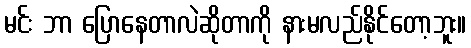
မင်း ဘာ ပြောနေတာလဲဆိုတာကို နားမလည်နိုင်တော့ဘူး။